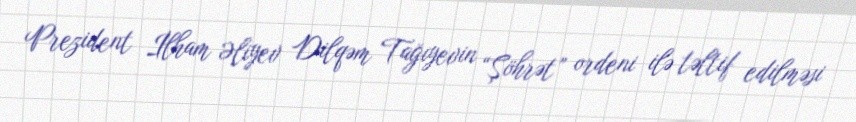
Prezident İlham Əliyev Dilqəm Tağıyevin “Şöhrət” ordeni ilə təltif edilməsi